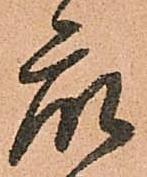
衆